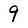
Character: 9